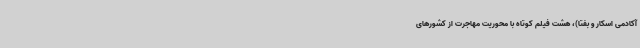
آکادمی اسکار و بفتا)، هشت فیلم کوتاه با محوریت مهاجرت از کشورهای